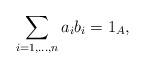
LaTeX: \begin{align*}\sum_{i =1, ..., n} a_ib_i = 1_A,\end{align*}